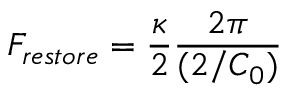
F _ { r e s t o r e } = \frac { \kappa } { 2 } \frac { 2 \pi } { ( 2 / C _ { 0 } ) }